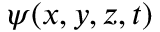
\psi ( x , y , z , t )